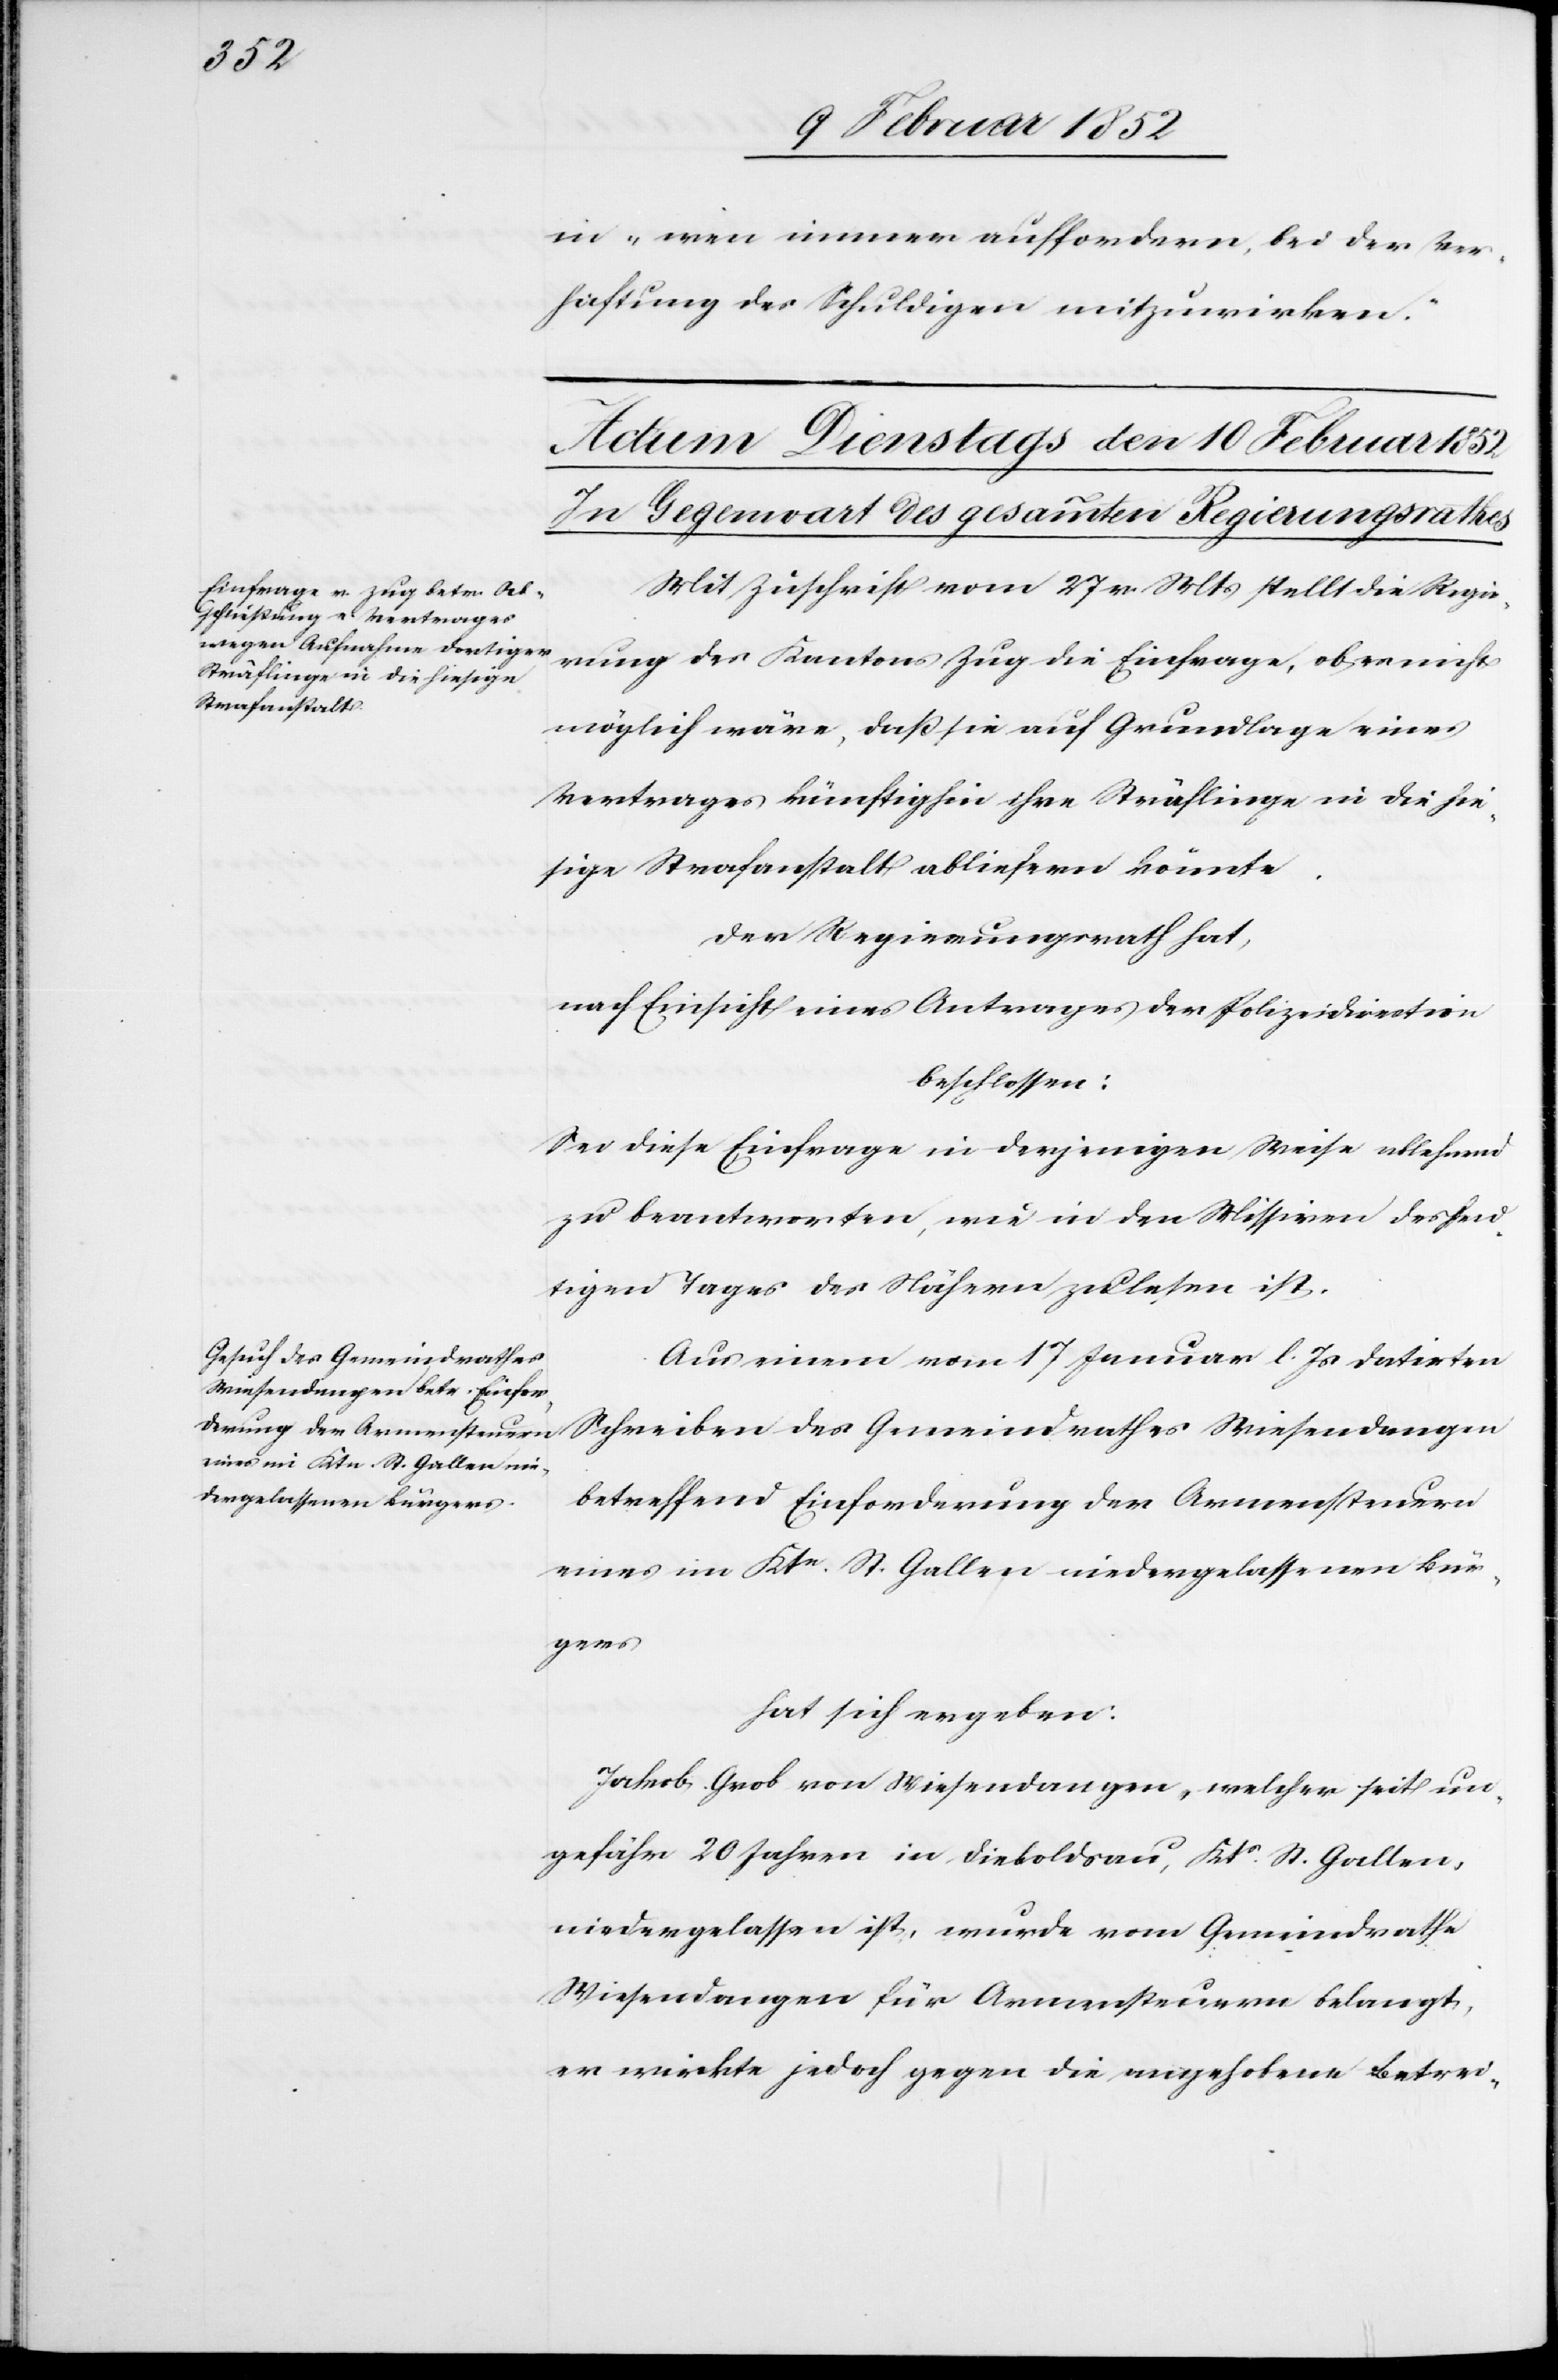
in „wen immer auffordern, bei der Ver¬
haftung des Schuldigen mitzuwirken.“
Mit Zuschrift vom 27 v. Mts stellt die Regie¬
rung des Kantons Zug die Einfrage, ob es nicht
möglich wäre, daß sie auf Grundlage eines
Vertrages künftighin ihre Sträflinge in die hie¬
sigen Strafanstalt abliefern könnte.
Der Regierungsrath hat,
nach Einsicht eines Antrages der Polizeidirection
beschlossen:
Sei diese Einfrage in derjenigen Weise ablehnend
zu beantworten, wie in den Missiven des heu¬
tigen Tages des Nähern zu lesen ist.
Aus einem vom 17 Januar l. Js datirten
Schreiben des Gemeindrathes Wiesendangen
eines im Ktn St. Gallen nie¬
dergelassenen Bürgers
betreffend Einforderung der Armensteuer
hat sich ergeben:
Jakob Grob von Wiesendangen, welcher seit un¬
gefähr 20 Jahren in Dieboldsau, Kts St. Gallen
niedergelassen ist, wurde vom Gemeindrathe
Wiesendangen für Armensteuern belangt,
er wirkte jedoch gegen die angehobene Betrei-